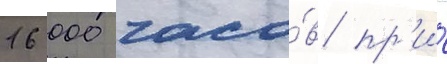
16 000 часо́в пр'и́